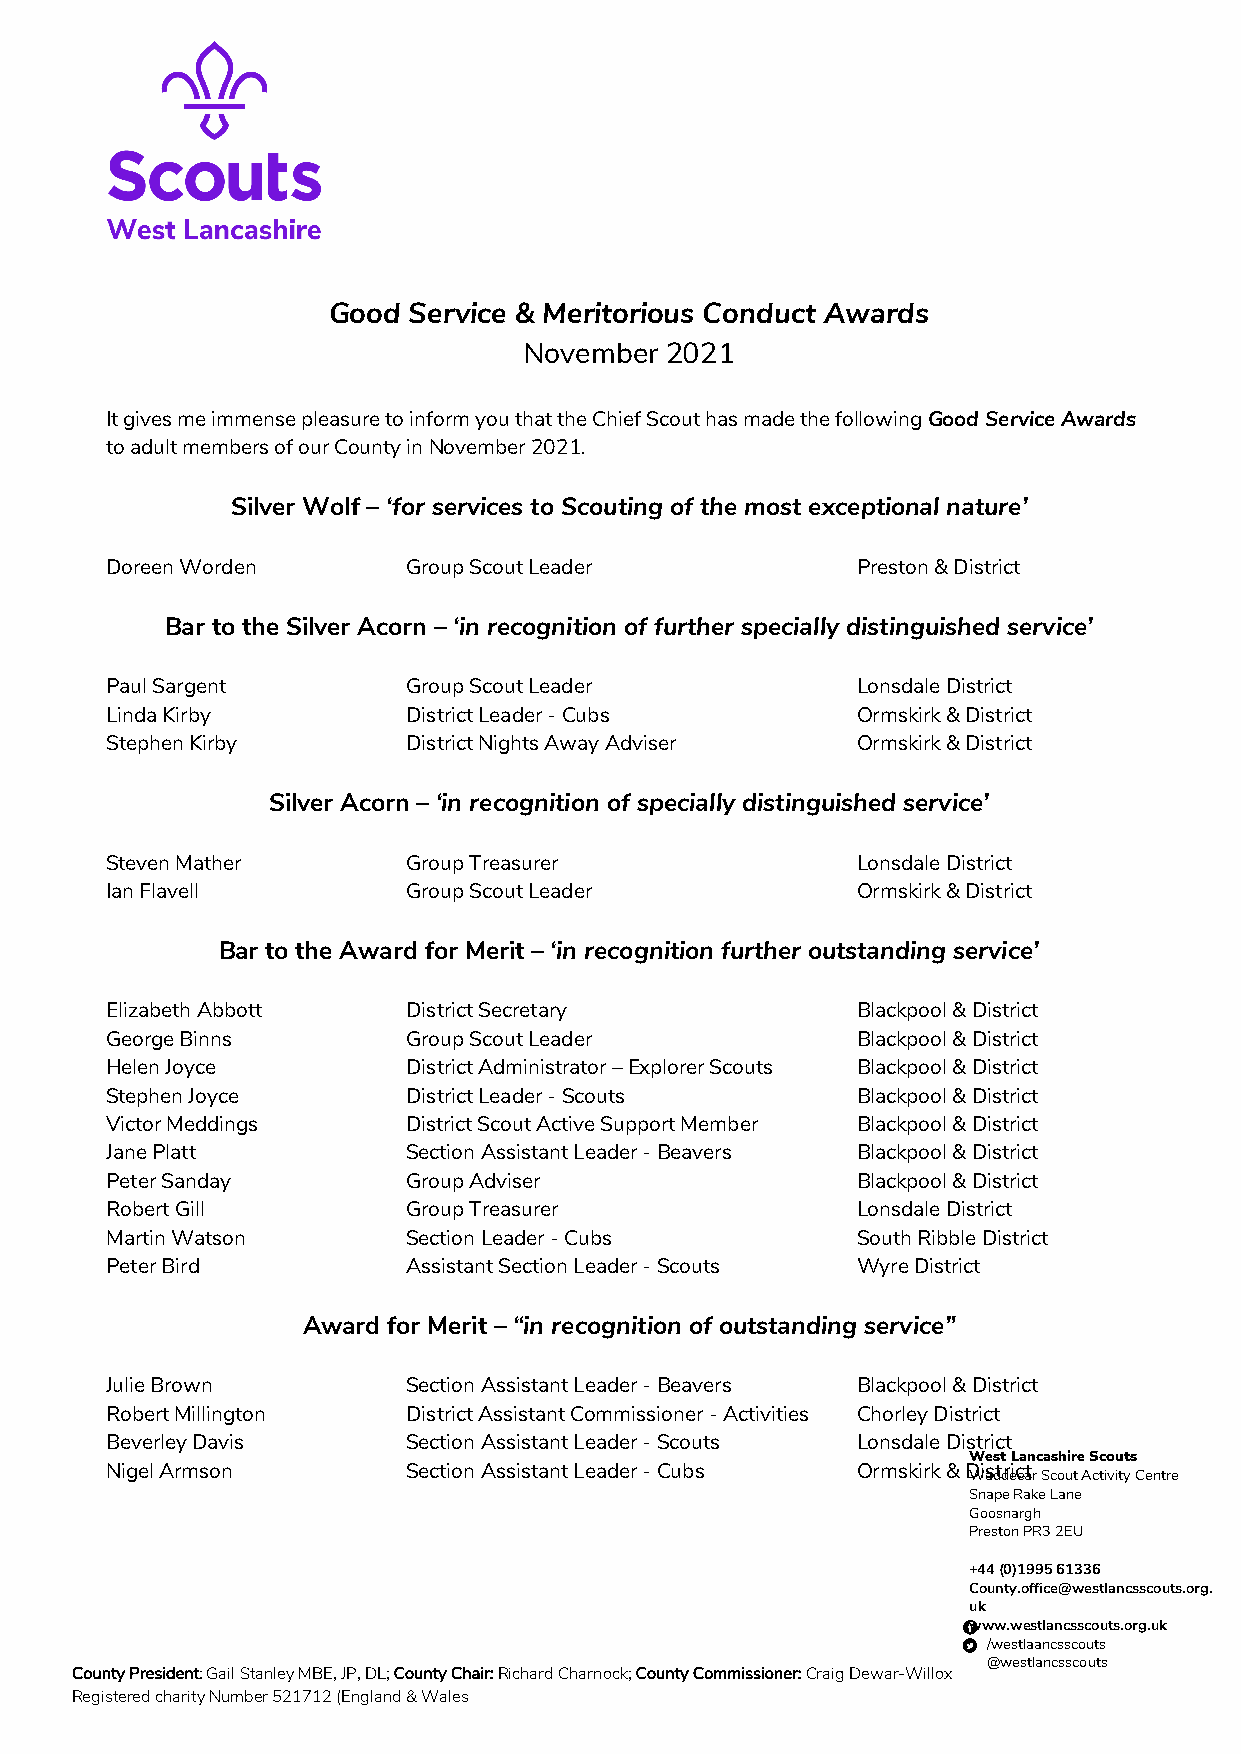
Good Service & Meritorious Conduct Awards
 November 2021
 It gives me immense pleasure to inform you that the Chief Scout has made the following Good Service Awards
 to adult members of our County in November 2021.
 Silver Wolf – ‘for services to Scouting of the most exceptional nature’
 Doreen Worden       Group Scout Leader            Preston & District
 Bar to the Silver Acorn – ‘in recognition of further specially distinguished service’
 Paul Sargent        Group Scout Leader            Lonsdale District
 Linda Kirby         District Leader - Cubs        Ormskirk & District
 Stephen Kirby       District Nights Away Adviser  Ormskirk & District
 Silver Acorn – ‘in recognition of specially distinguished service’
 Steven Mather       Group Treasurer               Lonsdale District
 Ian Flavell         Group Scout Leader            Ormskirk & District
 Bar to the Award for Merit – ‘in recognition further outstanding service’
 Elizabeth Abbott    District Secretary            Blackpool & District
 George Binns        Group Scout Leader            Blackpool & District
 Helen Joyce         District Administrator – Explorer Scouts Blackpool & District
 Stephen Joyce       District Leader - Scouts      Blackpool & District
 Victor Meddings     District Scout Active Support Member Blackpool & District
 Jane Platt          Section Assistant Leader - Beavers Blackpool & District
 Peter Sanday        Group Adviser                 Blackpool & District
 Robert Gill         Group Treasurer               Lonsdale District
 Martin Watson       Section Leader - Cubs         South Ribble District
 Peter Bird          Assistant Section Leader - Scouts Wyre District
 Award for Merit – “in recognition of outstanding service”
 Julie Brown         Section Assistant Leader - Beavers Blackpool & District
 Robert Millington   District Assistant Commissioner - Activities Chorley District
 Beverley Davis      Section Assistant Leader - Scouts Lonsdale District
 West Lancashire Scouts
 Nigel Armson        Section Assistant Leader - Cubs Ormskirk & District
 Waddecar Scout Activity Centre
 Snape Rake Lane
 Goosnargh
 Preston PR3 2EU
 +44 (0)1995 61336
 County.office@westlancsscouts.org.
 uk
 www.westlancsscouts.org.uk
 /westlaancsscouts
 @westlancsscouts
 County President: Gail Stanley MBE, JP, DL; County Chair: Richard Charnock; County Commissioner: Craig Dewar-Willox
 Registered charity Number 521712 (England & Wales